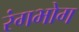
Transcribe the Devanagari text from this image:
रंगभोग